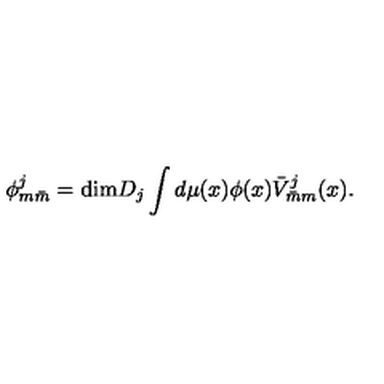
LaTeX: \phi _ { m \bar { m } } ^ { j } = \mathrm { d i m } D _ { j } \int d \mu ( x ) \phi ( x ) \bar { V } _ { \bar { m } m } ^ { j } ( x ) .